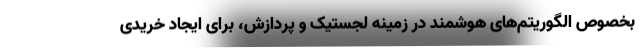
بخصوص الگوریتم‌­های هوشمند در زمینه لجستیک و پردازش،‌ برای ایجاد خریدی